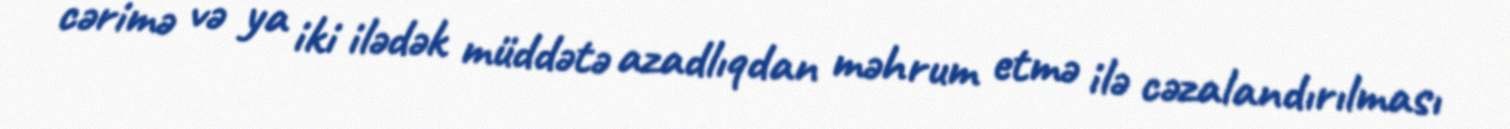
cərimə və ya iki ilədək müddətə azadlıqdan məhrum etmə ilə cəzalandırılması